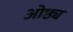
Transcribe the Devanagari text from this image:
ओष्ठ्य